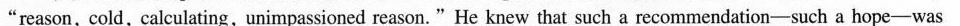
"reason,cold,caleulating,unimpassioned reason. "He knew that such a recommendation-such a hope—was